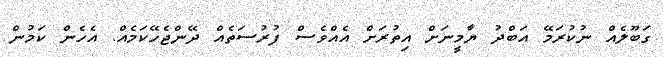
ގަބޫލެއް ނުކުރަމޭ އަބްދު ޔާމީނަށް އިތުރަށް އެއްވެސް ފުރުސަތެއް ދޭންޖެހޭކަމެއް. އެހެން ކަމުން